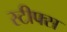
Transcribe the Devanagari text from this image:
स्टीफ्स